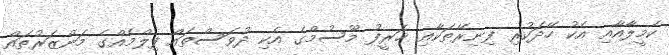
ކެމީލާއާއި އެކު ހޭދަކުރި ފިނިރޭތަކާއި ޚަރީފު މޫސުމްގެ އެކި ދުވަސްތައް ފިލްމެއްގެ މަންޒަރުތައް